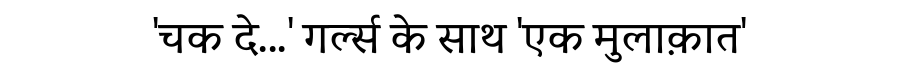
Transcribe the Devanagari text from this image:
'चक दे...' गर्ल्स के साथ 'एक मुलाक़ात'